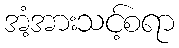
အံ့အားသင့်စရာ